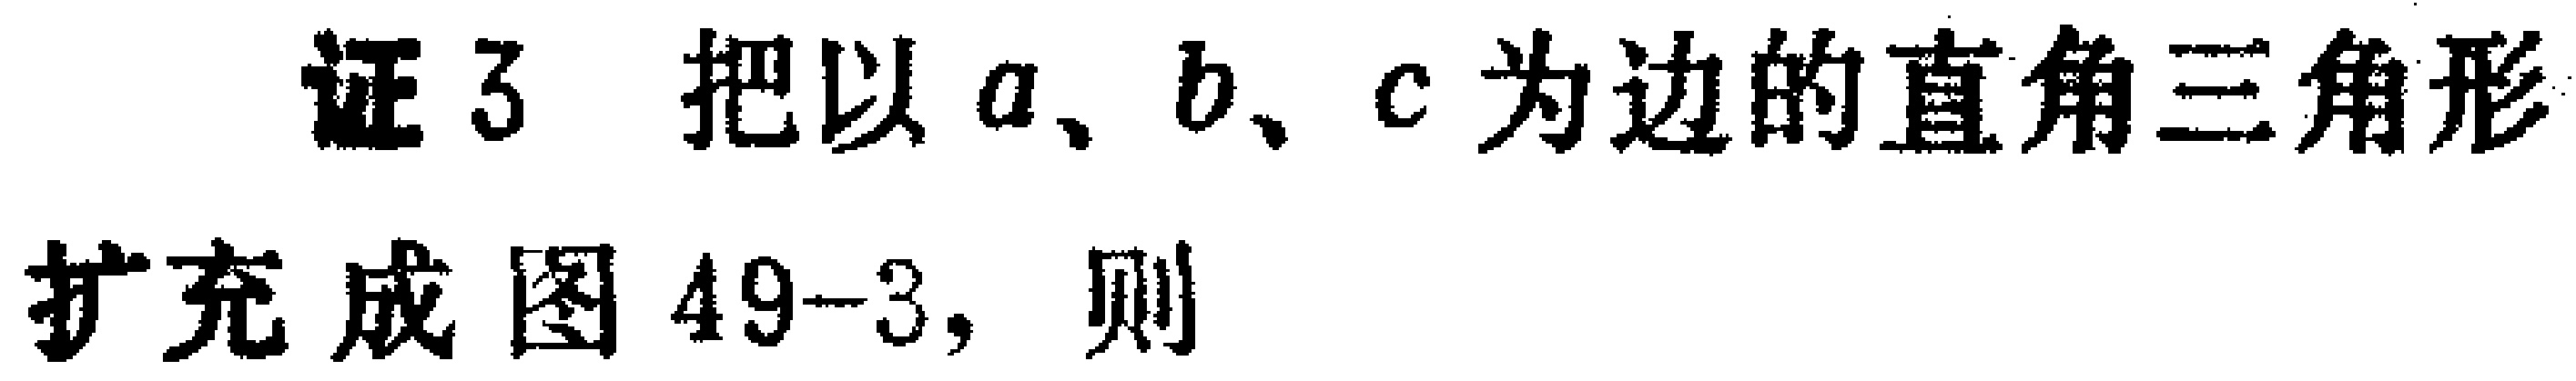
证3 把以\(a\)、\(b\)、\(c\)为边的直角三角形扩充成图49--3，则